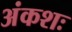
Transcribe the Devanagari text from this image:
अंकशः